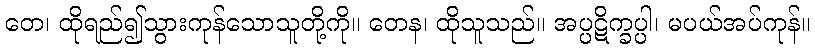
တေ၊ ထိုရည်၍သွားကုန်သောသူတို့ကို။ တေန၊ ထိုသူသည်။ အပ္ပဋိက္ခပ္ပါ၊ မပယ်အပ်ကုန်။